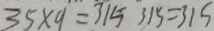
3 5 \times 9 = 3 1 5 3 1 5 = 3 1 5